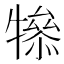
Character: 𤛤